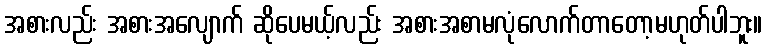
အစားလည်း အစားအလျောက် ဆိုပေမယ့်လည်း အစားအစာမလုံလောက်တာတော့မဟုတ်ပါဘူး။